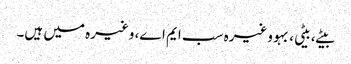
بیٹے، بیٹی، بہو وغیرہ سب ایم اے، وغیرہ میں ہیں۔